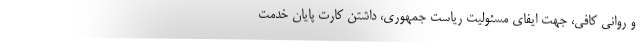
و روانی کافی، جهت ایفای مسئولیت ریاست جمهوری، داشتن کارت پایان خدمت